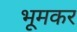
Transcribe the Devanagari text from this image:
भूमकर